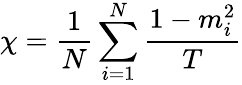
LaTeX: \chi=\frac{1}{N}\sum_{i=1}^{N}{\frac{{1-m_{i}^{2}}}{T}}